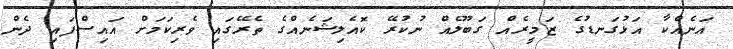
އަނެއްކާ އަޅުގަނޑުގެ ޒަމީރެއް ގަބޫލެއް ނުކުރޭ ކޮއެލިޝަނެއްގެ ތެރޭގައި ވެރިކަމަށް އައިސްފައި ދެން